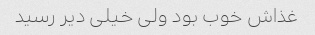
غذاش خوب بود ولی خیلی دیر رسید